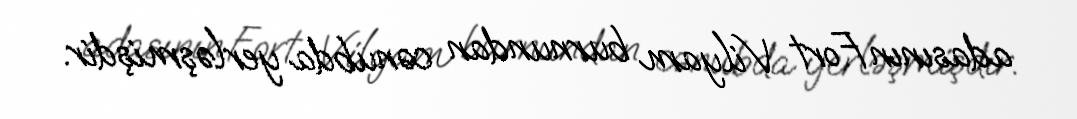
adasının Fort Vilyam burnundan cənubda yerləşmişdir.